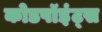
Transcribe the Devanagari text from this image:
कोडपॉइंट्स